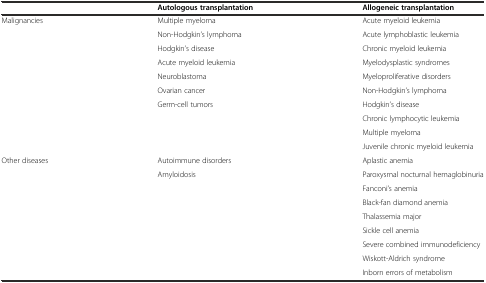
<table><thead><tr><td></td><td><b>Autologous transplantation</b></td><td><b>Allogeneic transplantation</b></td></tr></thead><tbody><tr><td rowspan="10">Malignancies</td><td>Multiple myeloma</td><td>Acute myeloid leukemia</td></tr><tr><td>Non-Hodgkin’s lymphoma</td><td>Acute lymphoblastic leukemia</td></tr><tr><td>Hodgkin’s disease</td><td>Chronic myeloid leukemia</td></tr><tr><td>Acute myeloid leukemia</td><td>Myelodysplastic syndromes</td></tr><tr><td>Neuroblastoma</td><td>Myeloproliferative disorders</td></tr><tr><td>Ovarian cancer</td><td>Non-Hodgkin’s lymphoma</td></tr><tr><td>Germ-cell tumors</td><td>Hodgkin’s disease</td></tr><tr><td></td><td>Chronic lymphocytic leukemia</td></tr><tr><td></td><td>Multiple myeloma</td></tr><tr><td></td><td>Juvenile chronic myeloid leukemia</td></tr><tr><td rowspan="9">Other diseases</td><td>Autoimmune disorders</td><td>Aplastic anemia</td></tr><tr><td>Amyloidosis</td><td>Paroxysmal nocturnal hemaglobinuria</td></tr><tr><td></td><td>Fanconi’s anemia</td></tr><tr><td></td><td>Black-fan diamond anemia</td></tr><tr><td></td><td>Thalassemia major</td></tr><tr><td></td><td>Sickle cell anemia</td></tr><tr><td></td><td>Severe combined immunodeficiency</td></tr><tr><td></td><td>Wiskott-Aldrich syndrome</td></tr><tr><td></td><td>Inborn errors of metabolism</td></tr></tbody></table>